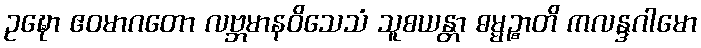
ဥဍ္ဎော ဧဝမာဂတော လဗ္ဘမာနဝိသေသံ သူစယန္တာ ဓမ္မဉ္စာတိ ကလန္ဒဂါမော